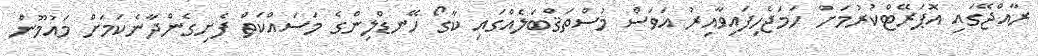
ރާއްޖޭގައި އޮޕަރޭޓްކުރުމަށް ހަމަޖެހިފައިވާއިރު އަވަސް މުސްތަޤްބަލެއްގައި ކާގޯ ހޭނޑްލިންގެ މަސައްކަތް ފެށިގެންދާނެކަމަށް މައުމޫން